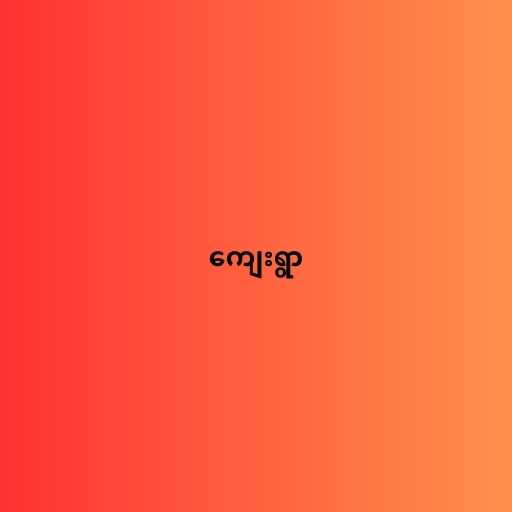
ကျေးရွာ